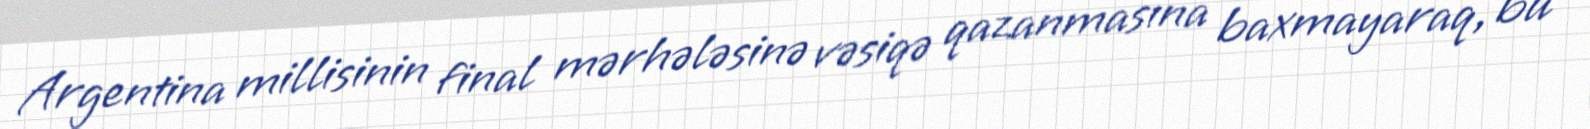
Argentina millisinin final mərhələsinə vəsiqə qazanmasına baxmayaraq, bu